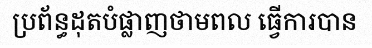
ប្រព័ន្ធដុតបំផ្លាញថាមពល ធ្វើការបាន